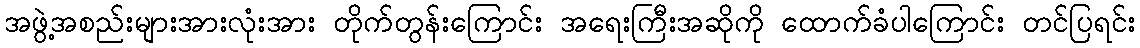
အဖွဲ့အစည်းများအားလုံးအား တိုက်တွန်းကြောင်း အရေးကြီးအဆိုကို ထောက်ခံပါကြောင်း တင်ပြရင်း